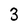
Character: 3